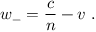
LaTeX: w _ { - } = { \frac { c } { n } } - v \ .